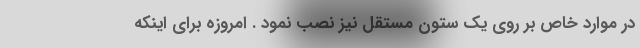
در موارد خاص بر روی یک ستون مستقل نیز نصب نمود . امروزه برای اینکه